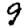
Digit: 9